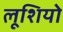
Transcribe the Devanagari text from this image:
लूशियो